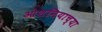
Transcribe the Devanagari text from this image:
ओशनियाच्या